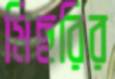
মিছরির